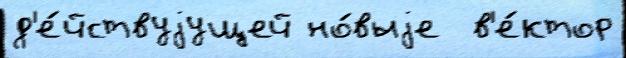
д'е́йствуjущей но́выjе  в'е́ктор